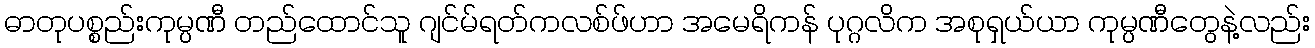
ဓာတုပစ္စည်းကုမ္ပဏီ တည်ထောင်သူ ဂျင်မ်ရတ်ကလစ်ဖ်ဟာ အမေရိကန် ပုဂ္ဂလိက အစုရှယ်ယာ ကုမ္ပဏီတွေနဲ့လည်း